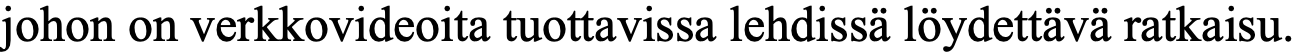
johon on verkkovideoita tuottavissa lehdissä löydettävä ratkaisu.